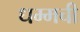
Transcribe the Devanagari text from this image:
धम्मची